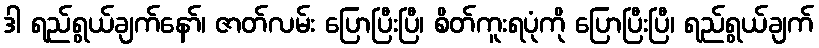
ဒါ ရည်ရွယ်ချက်နော်၊ ဇာတ်လမ်း ပြောပြီးပြီ၊ စိတ်ကူးရပုံကို ပြောပြီးပြီ၊ ရည်ရွယ်ချက်